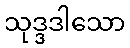
သုဒ္ဒဒါသော